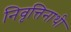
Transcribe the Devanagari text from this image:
निवृत्तिनाथी